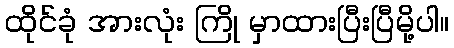
ထိုင်ခုံ အားလုံး ကြို မှာထားပြီးပြီမို့ပါ။